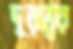
দূরত্বের